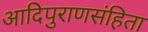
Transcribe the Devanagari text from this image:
आदिपुराणसंहिता